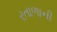
રતાળાની